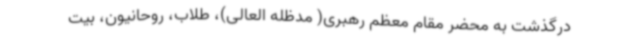
درگذشت به محضر مقام معظم رهبری( مدظله العالی)، طلاب، روحانیون، بیت